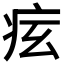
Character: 𤵋